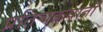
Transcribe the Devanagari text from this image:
प्रतिचक्रवातों